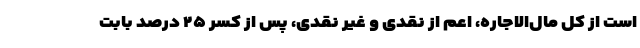
است از کل مال‌الاجاره، اعم از نقدی و غیر نقدی، پس از کسر ۲۵ درصد بابت